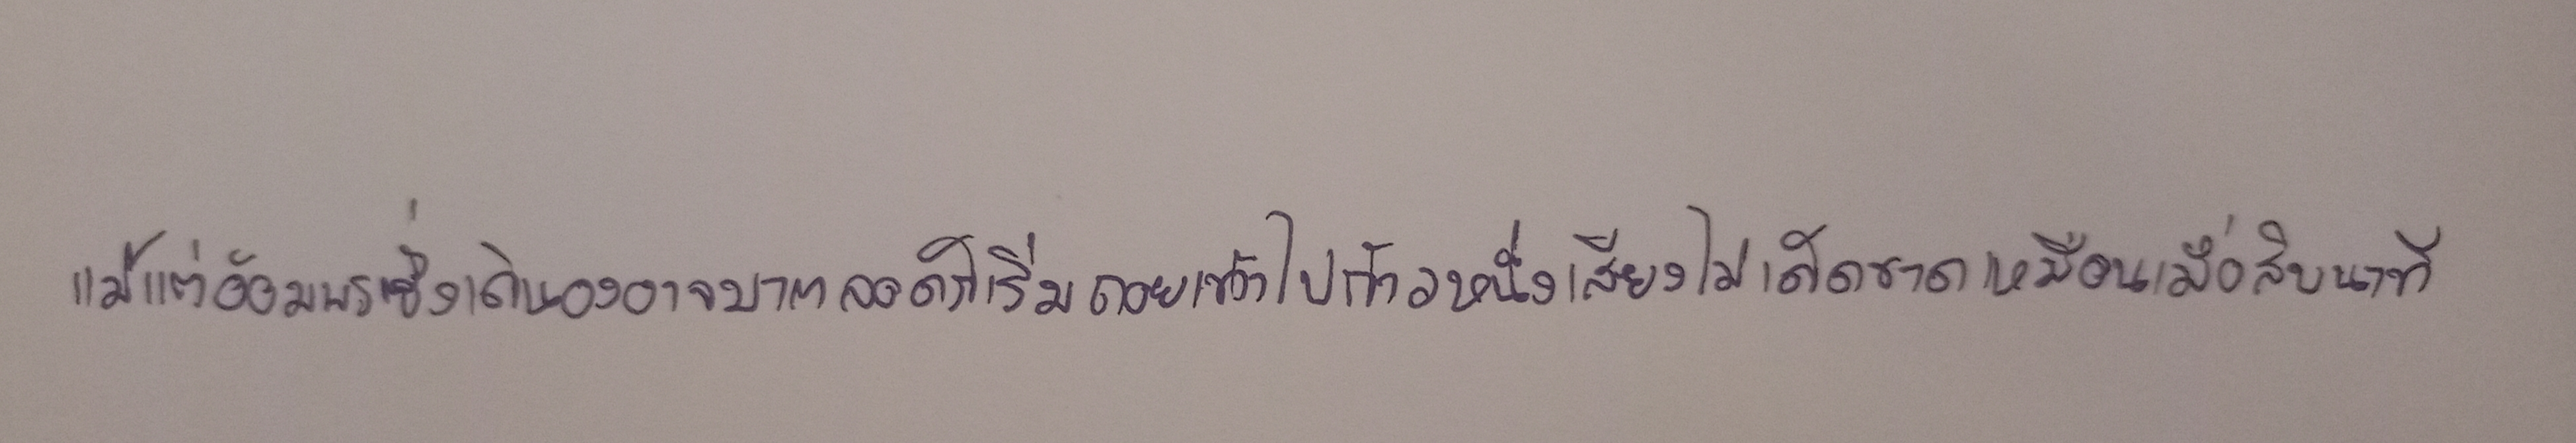
แม้แต่อ้อมพรซึ่งเดินองอาจมาตลอดก็เริ่มถอยเท้าไปก้าวหนึ่งเสียงไม่เด็ดขาดเหมือนเมื่อสิบนาที